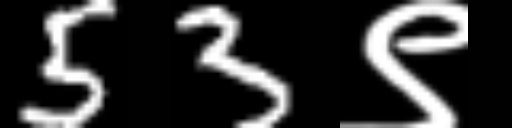
Text: 53९